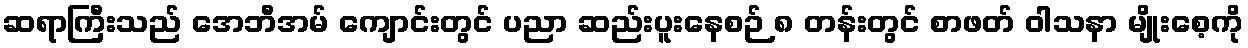
ဆရာကြီးသည် အေဘီအမ် ကျောင်းတွင် ပညာ ဆည်းပူးနေစဉ် ၈ တန်းတွင် စာဖတ် ဝါသနာ မျိုးစေ့ကို